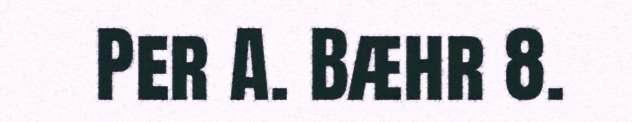
Per A. Bæhr 8.